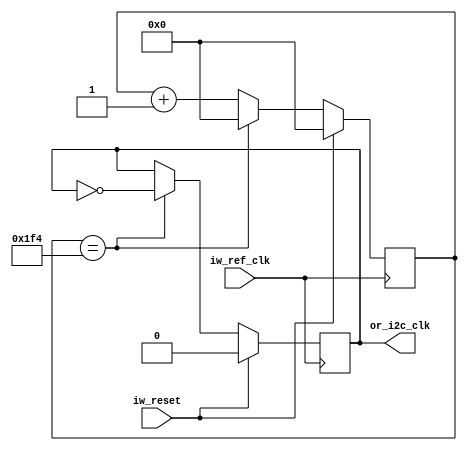
// clk_divider.v

`timescale 1 ns / 1 ps

module clk_divider (
    input wire iw_ref_clk, // Reference clock
    input wire iw_reset,   // Synchronous reset
    output reg or_i2c_clk  // i2c_clk @ 100 kHz
);
    parameter SCALER = 1000;

    reg [9:0] r_count = 0; // 10 bit up-counter

    always @(posedge iw_ref_clk) begin
        if (iw_reset) begin
            r_count <= 0; // Reset to 0 since up-counter
            or_i2c_clk <= 1'b0;
        end else begin
            if (r_count == SCALER / 2) begin // Clock will be scaled by SCALER
                or_i2c_clk <= ~or_i2c_clk;
                r_count <= 0;
            end else begin
                r_count <= r_count + 1;
            end
        end
    end
endmodule